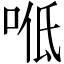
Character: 𠴓